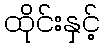
ထိုင်းနှင့်